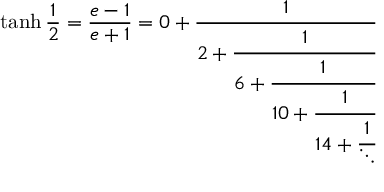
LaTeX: \operatorname { t a n h } { \frac { 1 } { 2 } } = { \frac { e - 1 } { e + 1 } } = 0 + { \cfrac { 1 } { 2 + { \cfrac { 1 } { 6 + { \cfrac { 1 } { 1 0 + { \cfrac { 1 } { 1 4 + { \cfrac { 1 } { \ddots } } } } } } } } } }